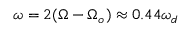
\omega = 2 ( \Omega - \Omega _ { o } ) \approx 0 . 4 4 \omega _ { d }